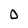
Character: O